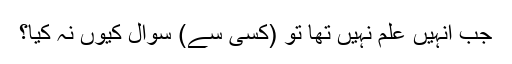
جب انہیں علم نہیں تھا تو (کسی سے) سوال کیوں نہ کیا؟